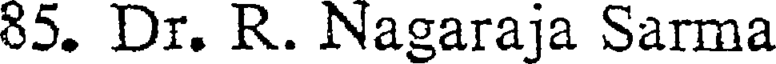
85. Dr. R. Nagaraja Sarma